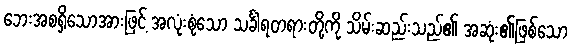
ဘေးအစရှိသောအားဖြင့် အလုံးစုံသော သင်္ခါရတရားတို့ကို သိမ်းဆည်းသည်၏ အဆုံး၏ဖြစ်သော